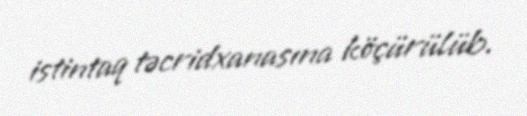
istintaq təcridxanasına köçürülüb.